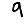
Digit: 9